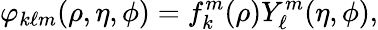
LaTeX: \varphi_{k\ell m}(\rho,\eta,\phi)=f_{k}^{m}(\rho)Y_{\ell}^{m}(\eta,\phi),